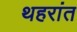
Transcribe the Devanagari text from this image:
थहरांत